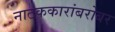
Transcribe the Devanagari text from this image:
नाटककारांबरोबर